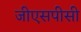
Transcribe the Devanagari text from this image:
जीएसपीसी